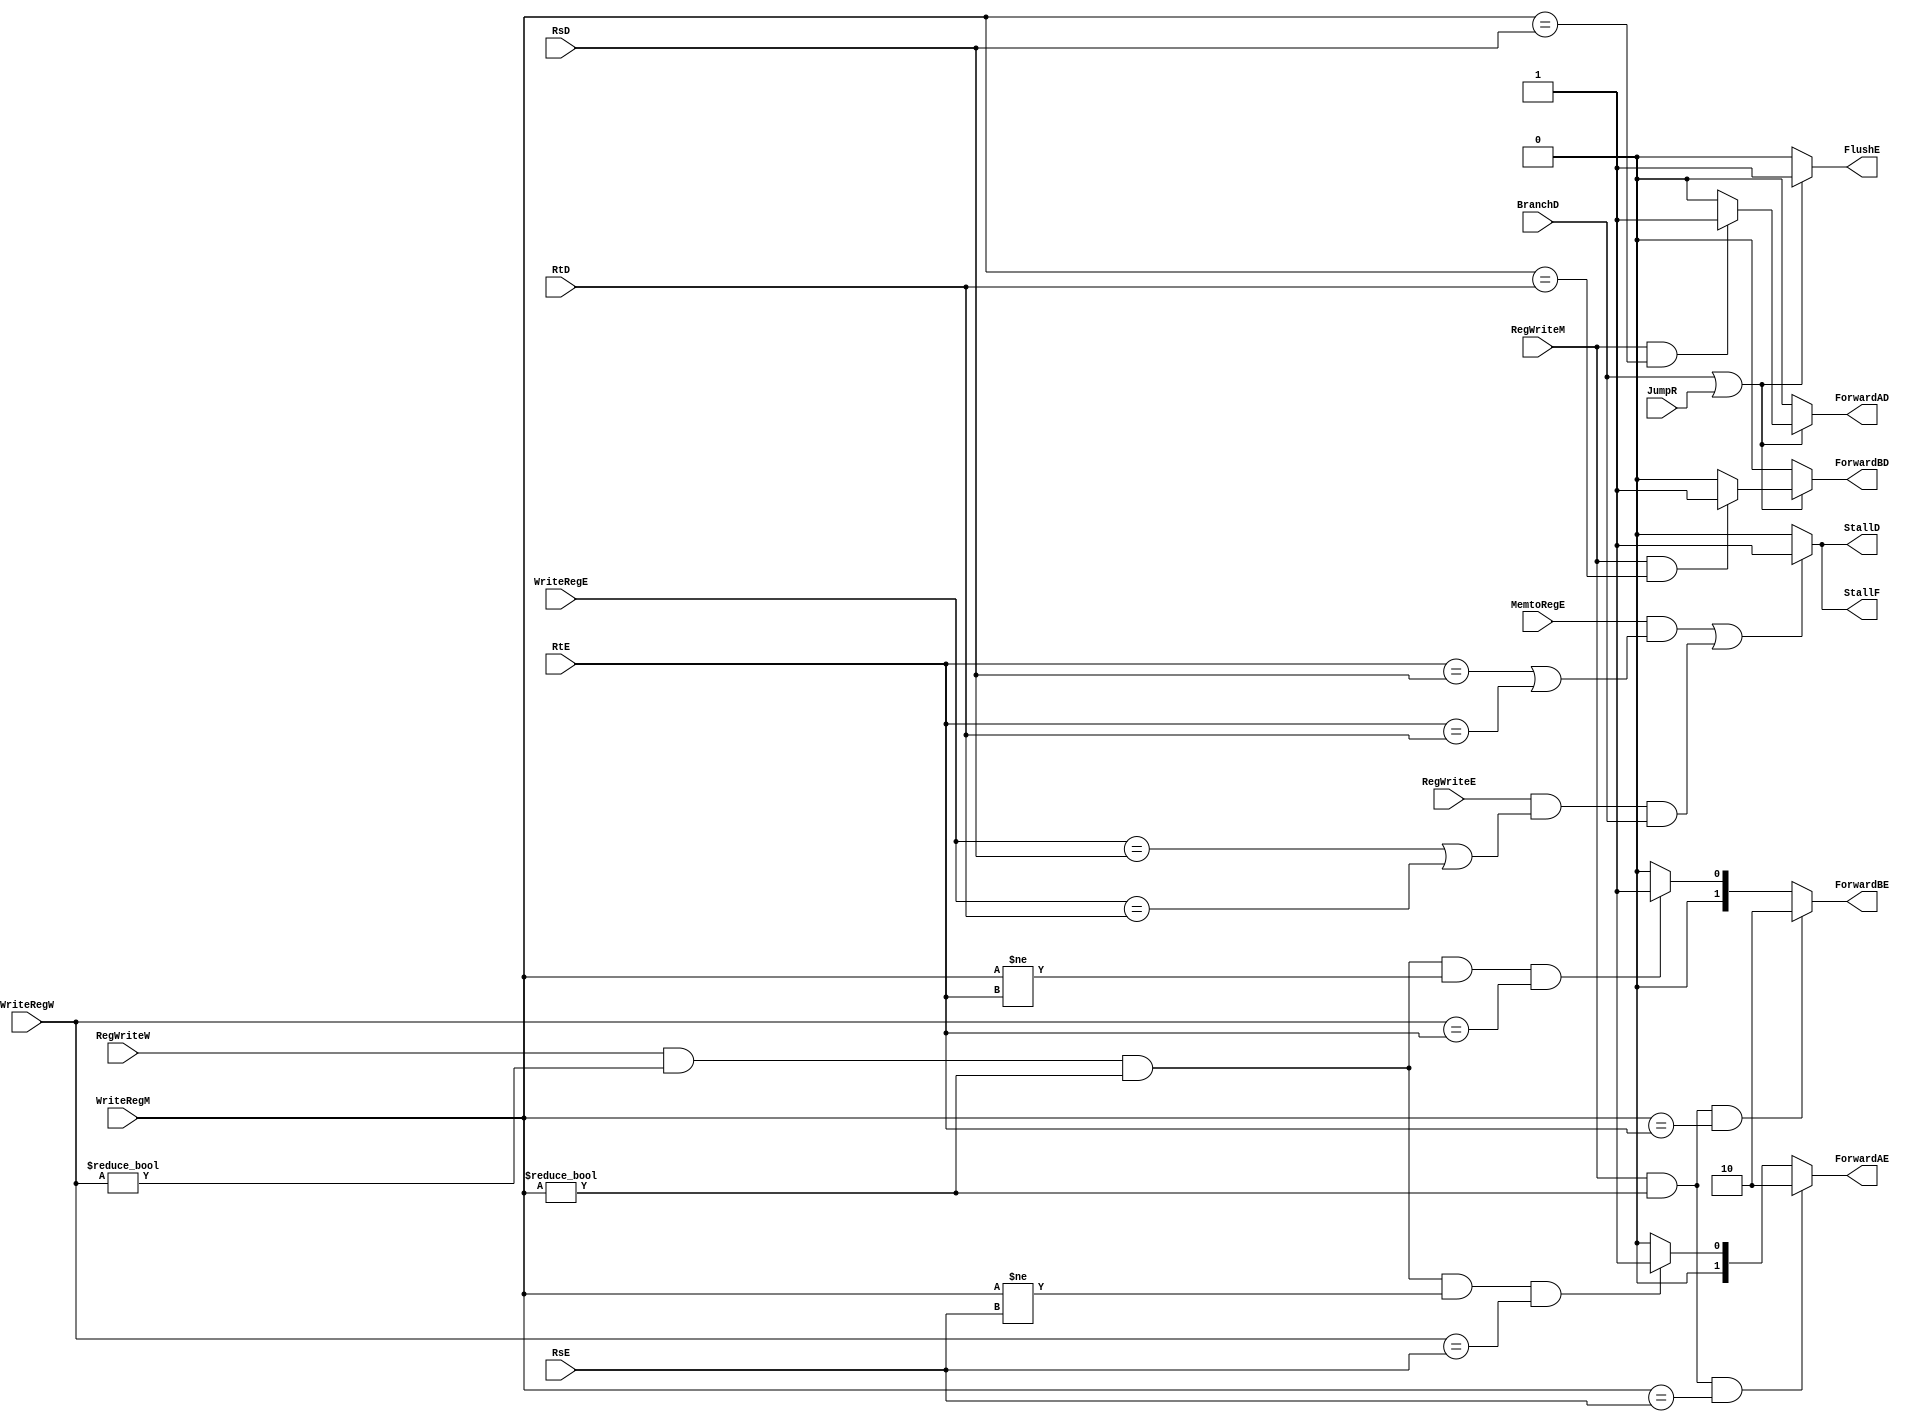
`timescale 1ns / 1ps
module Hazard(
    input [4:0] RsD,
	 input [4:0] RtD,
	 input [4:0] RsE,
	 input [4:0] RtE,
	 input [4:0] WriteRegE,
	 input [4:0] WriteRegM,
	 input [4:0] WriteRegW,
	 input BranchD,
	 input JumpR,
	 input MemtoRegE,
	 input RegWriteE,
	 input RegWriteM,
	 input RegWriteW,
	 output reg StallF,
	 output reg StallD,
	 output reg ForwardAD,
	 output reg ForwardBD,
	 output reg FlushE,
	 output reg [1:0] ForwardAE,
	 output reg [1:0] ForwardBE
);

initial 
begin
	StallF = 0;
	StallD = 0;
	ForwardAD = 0;
	ForwardBD = 0;
	FlushE = 0;
	ForwardAE = 2'b0;
	ForwardBE = 2'b0;
end
always@(*)
begin
	if(BranchD || JumpR)
		begin
			FlushE = 1;
			if(RegWriteM && WriteRegM == RsD)
				ForwardAD = 1;
			else
				ForwardAD = 0;
			
			if(RegWriteM && WriteRegM == RtD)
				ForwardBD = 1;
			else
				ForwardBD = 0;
		end
	else
		begin
			FlushE = 0;
			ForwardAD = 0;
			ForwardBD  = 0;
		end
	
	if(RegWriteM && WriteRegM !=0 && WriteRegM == RsE)
		ForwardAE = 2'b10;
	else if(RegWriteW && WriteRegW !=0 && WriteRegM != 0 && WriteRegM != RsE && (WriteRegW == RsE))
		ForwardAE = 2'b01;
	else
		ForwardAE = 0;
	
	if(RegWriteM && WriteRegM !=0 && WriteRegM == RtE)
		ForwardBE = 2'b10;
	else if(RegWriteW && WriteRegW !=0 && WriteRegM != 0 && WriteRegM != RtE && (WriteRegW == RtE))
		ForwardBE = 2'b01;
	else
		ForwardBE = 0;
		
	if((MemtoRegE && (RtE == RsD || RtE == RtD)) || (RegWriteE && ((WriteRegE == RsD) || (WriteRegE == RtD)) && BranchD))
		begin
			StallF = 1;
			StallD = 1;
		end
	else
		begin
			StallF = 0;
			StallD = 0;
		end
	
end
endmodule